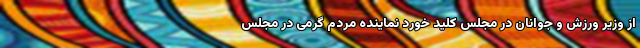
از وزیر ورزش و جوانان در مجلس کلید خورد نماینده مردم گرمی در مجلس